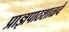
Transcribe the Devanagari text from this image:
प्राज्ञपाठशाळचे